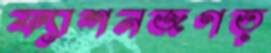
ফ্যাশনজগত্